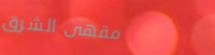
مقهى الشرق